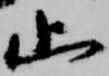
止